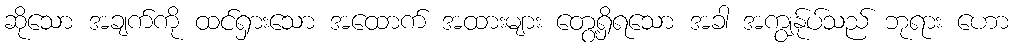
ဆိုသော အချက်ကို ထင်ရှားသော အထောက် အထားများ တွေ့ရှိရသော အခါ အကျွန်ုပ်သည် ဘုရား ဟော